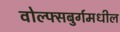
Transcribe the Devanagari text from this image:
वोल्फ्सबुर्गमधील